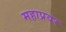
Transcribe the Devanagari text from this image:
महाप्रवर